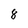
Character: 8